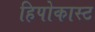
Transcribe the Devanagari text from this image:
हिपोकास्ट